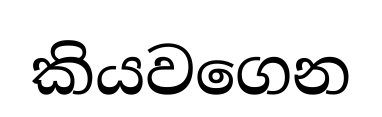
කියවගෙන